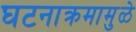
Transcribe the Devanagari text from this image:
घटनाक्रमामुळे